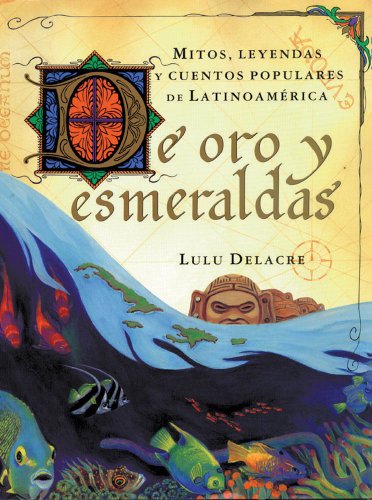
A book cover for De oro y esmeraldas: mitos, leyendas y cuentos popules de latinoamÃ©rica; Lulu Delacre; Children's Books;